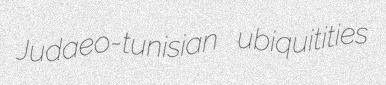
Judaeo-tunisian ubiquitities